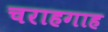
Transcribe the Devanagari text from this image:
चराहगाह